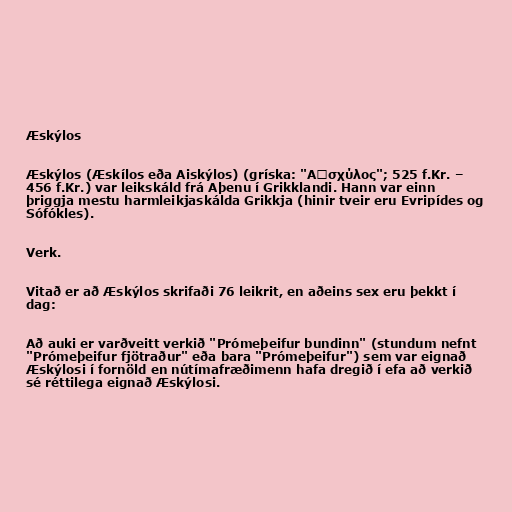
Æskýlos

Æskýlos (Æskílos eða Aiskýlos) (gríska: "Αἰσχύλος"; 525 f.Kr. –
456 f.Kr.) var leikskáld frá Aþenu í Grikklandi. Hann var einn
þriggja mestu harmleikjaskálda Grikkja (hinir tveir eru Evripídes og
Sófókles).

Verk.

Vitað er að Æskýlos skrifaði 76 leikrit, en aðeins sex eru þekkt í
dag:

Að auki er varðveitt verkið "Prómeþeifur bundinn" (stundum nefnt
"Prómeþeifur fjötraður" eða bara "Prómeþeifur") sem var eignað
Æskýlosi í fornöld en nútímafræðimenn hafa dregið í efa að verkið
sé réttilega eignað Æskýlosi.